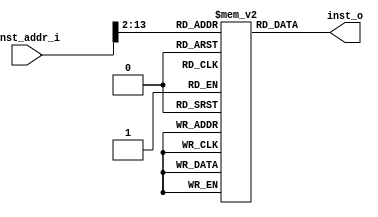
module rom (
    input  wire [31:0] inst_addr_i,
    output reg  [31:0] inst_o
);

  reg [31:0] rom_mem[0:4095];  //409632b

  always @(*) begin  //
    inst_o = rom_mem[inst_addr_i>>2];
  end

endmodule